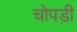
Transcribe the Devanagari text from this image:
चोपड़ी